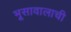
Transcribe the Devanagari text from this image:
भूसावालाची